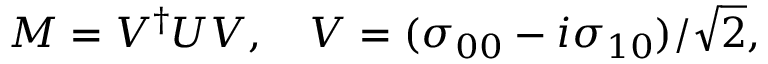
{ \cal M } = V ^ { \dagger } { \cal U } V , \quad V = ( \sigma _ { 0 0 } - i \sigma _ { 1 0 } ) / \sqrt { 2 } ,